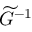
\widetilde G ^ { - 1 }